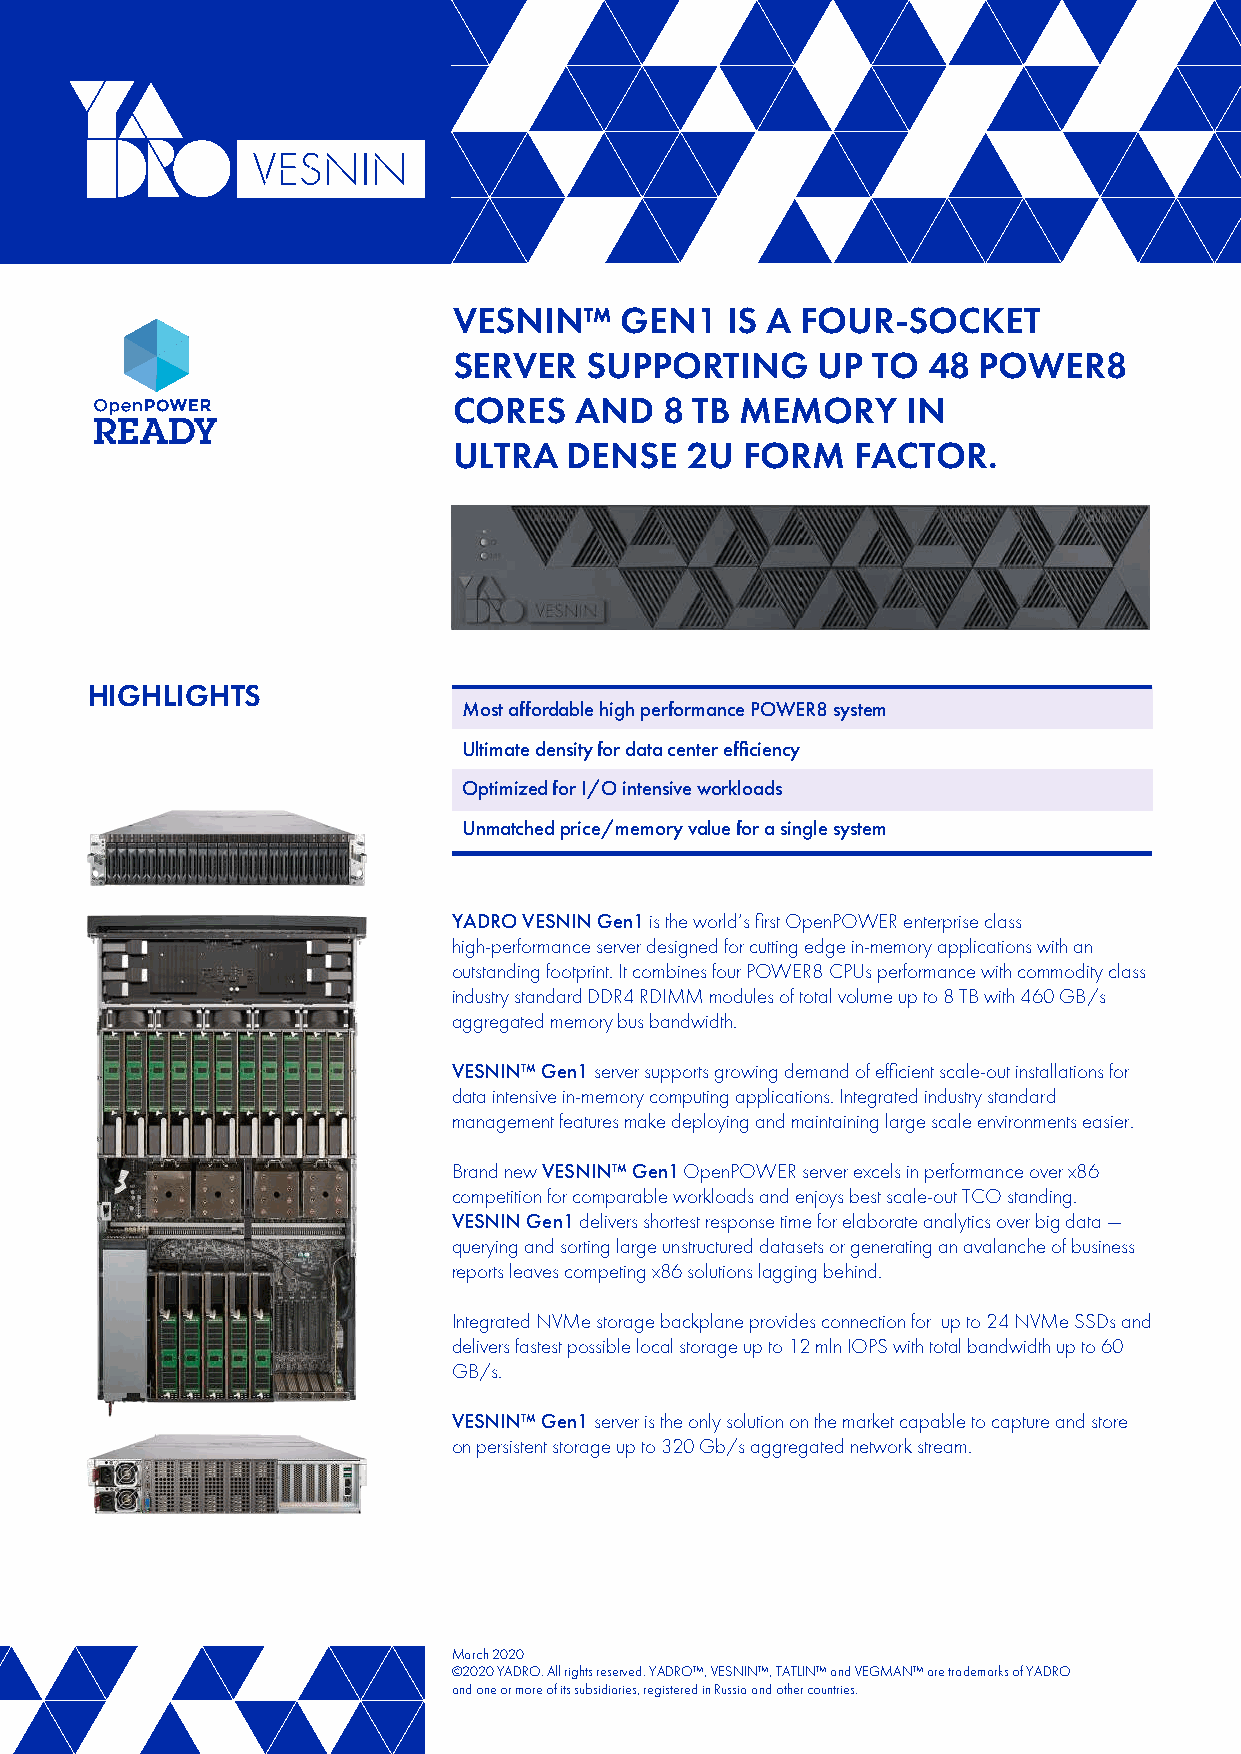
VESNIN™    GEN1   IS A FOUR-SOCKET
 SERVER   SUPPORTING     UP  TO 48  POWER8
 CORES   AND   8 TB MEMORY     IN
 ULTRA   DENSE  2U  FORM    FACTOR.
 HIGHLIGHTS
 Most affordable high performance POWER8 system
 Ultimate density for data center efficiency
 Optimized for I/O intensive workloads
 Unmatched price/memory value for a single system
 YADRO VESNIN Gen1 is the world’s first OpenPOWER enterprise class
 high-performance server designed for cutting edge in-memory applications with an
 outstanding footprint. It combines four POWER8 CPUs performance with commodity class
 industry standard DDR4 RDIMM modules of total volume up to 8 TB with 460 GB/s
 aggregated memory bus bandwidth.
 VESNIN™ Gen1 server supports growing demand of efficient scale-out installations for
 data intensive in-memory computing applications. Integrated industry standard
 management features make deploying and maintaining large scale environments easier.
 Brand new VESNIN™ Gen1 OpenPOWER server excels in performance over x86
 competition for comparable workloads and enjoys best scale-out TCO standing.
 VESNIN Gen1 delivers shortest response time for elaborate analytics over big data —
 querying and sorting large unstructured datasets or generating an avalanche of business
 reports leaves competing x86 solutions lagging behind.
 Integrated NVMe storage backplane provides connection for up to 24 NVMe SSDs and
 delivers fastest possible local storage up to 12 mln IOPS with total bandwidth up to 60
 GB/s.
 VESNIN™ Gen1 server is the only solution on the market capable to capture and store
 on persistent storage up to 320 Gb/s aggregated network stream.
 March 2020
 ©2020 YADRO. All rights reserved. YADRO™, VESNIN™, TATLIN™ and VEGMAN™ are trademarks of YADRO
 and one or more of its subsidiaries, registered in Russia and other countries.